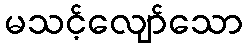
မသင့်လျော်သော